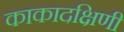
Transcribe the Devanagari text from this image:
काकादक्षिणी